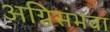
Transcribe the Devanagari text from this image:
अग्निसंभवा